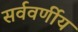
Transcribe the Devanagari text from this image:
सर्ववर्णीय